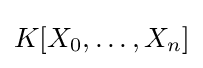
K[X_{0},\dots ,X_{n}]